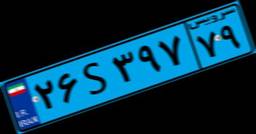
۴۹S۸۳۸۴۷